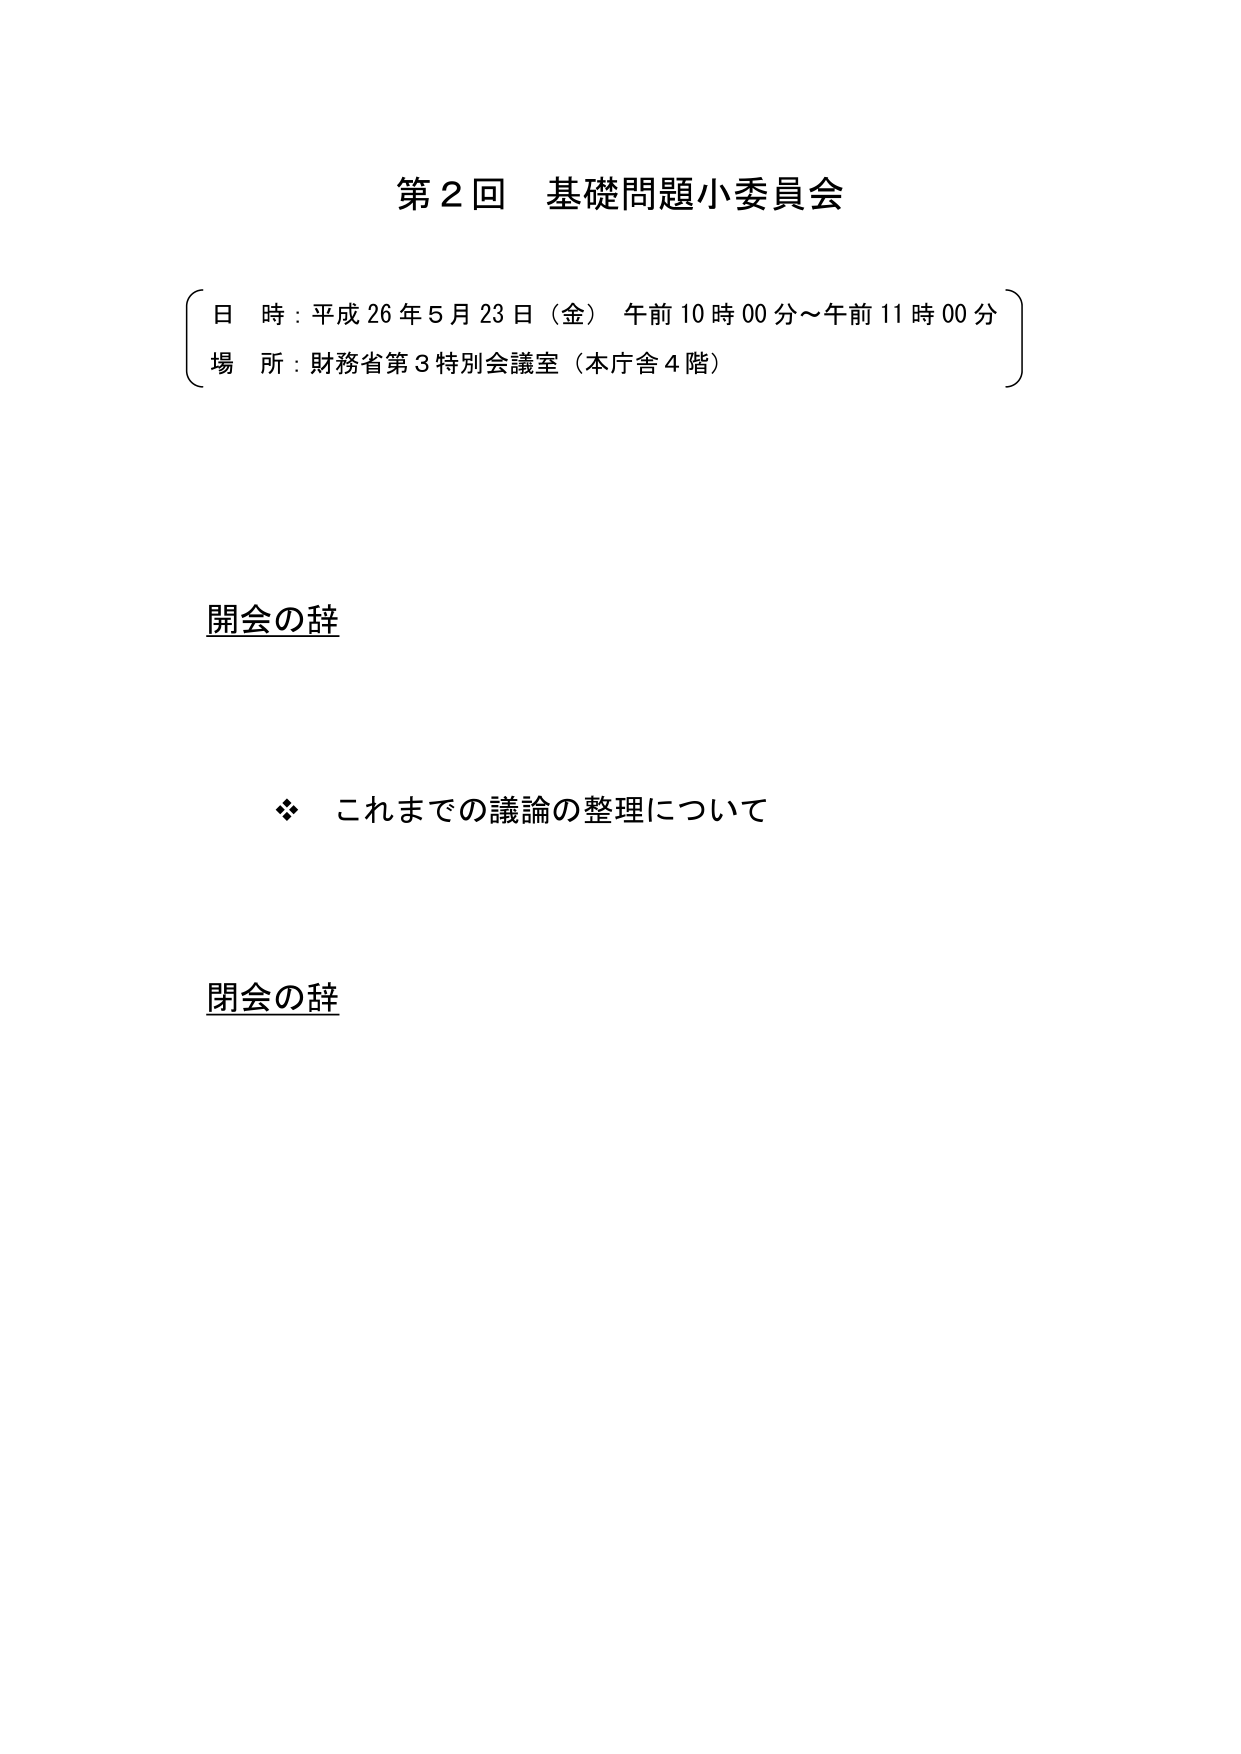
第２回 基礎問題小委員会

日 時：平成26年5月23日（金） 午前10時00分～午前11時00分
場 所：財務省第3特別会議室（本庁舎4階）

開会の辞

　　※ これまでの議論の整理について

閉会の辞